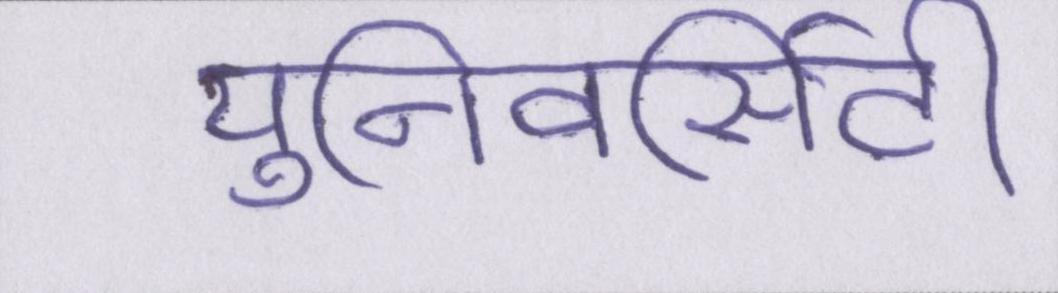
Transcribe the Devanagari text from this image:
युनिवर्सिटी